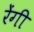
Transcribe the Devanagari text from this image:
रेंगी